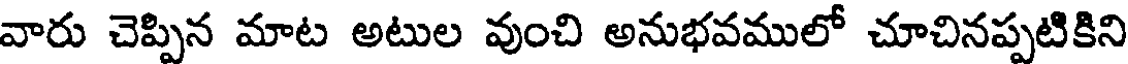
వారు చెప్పిన మాట అటుల వుంచి అనుభవములో చూచినప్పటికిని